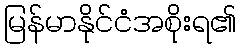
မြန်မာနိုင်ငံအစိုးရ၏